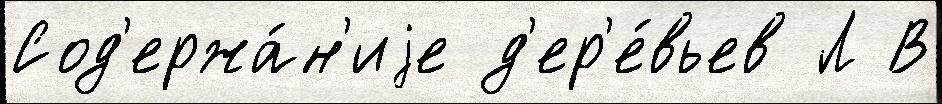
Сод'ержа́н'иjе д'ер'е́вьев Л В